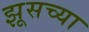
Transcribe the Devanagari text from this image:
झूसच्या